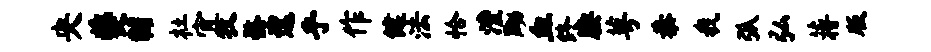
央夔黼杜宜牧髂遑乎作健法恰澧黝血终腰萼恭我弧弘蒋版